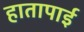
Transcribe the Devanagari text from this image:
हातापाई